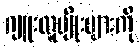
ဂျူးလူမျိုးများကို